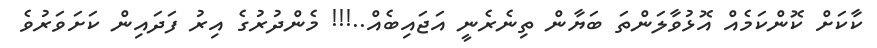
ކާކަށް ކޮންކަމެއް އޮޅުވާލަންތަ ބަޔާން ތިނެރެނީ އަޖައިބެއް..!!! މެންދުރުގެ އިރު ފަދައިން ކަށަވަރުވެ